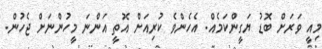
މިއީ ވަރަށް ބޮޑު ޔަގީންކަމެއް. އެހެންވެ ކުރިއަށް އޮތީ އަންނަ މީހުންނަށް ޖެހުން.